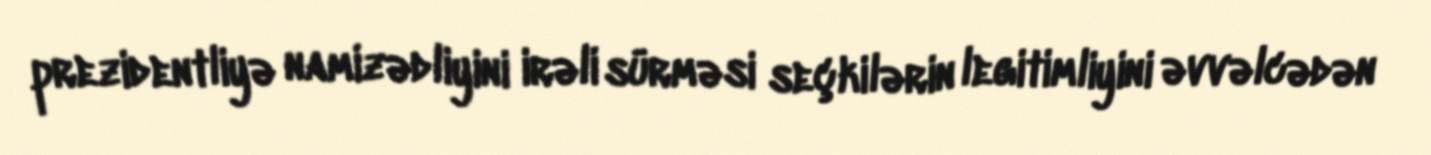
prezidentliyə namizədliyini irəli sürməsi seçkilərin legitimliyini əvvəlcədən